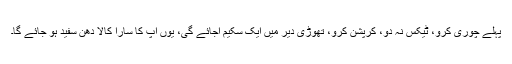
پہلے چوری کرو، ٹیکس نہ دو، کرپشن کرو، تھوڑی دیر میں ایک سکیم آجائے گی، یوں آپ کا سارا کالا دھن سفید ہو جائے گا۔